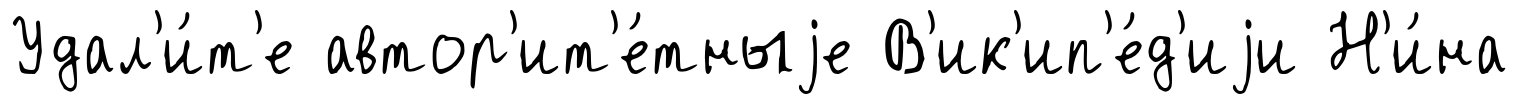
Удал'и́т'е автор'ит'е́тныjе В'ик'ип'е́д'иjи Н'и́на